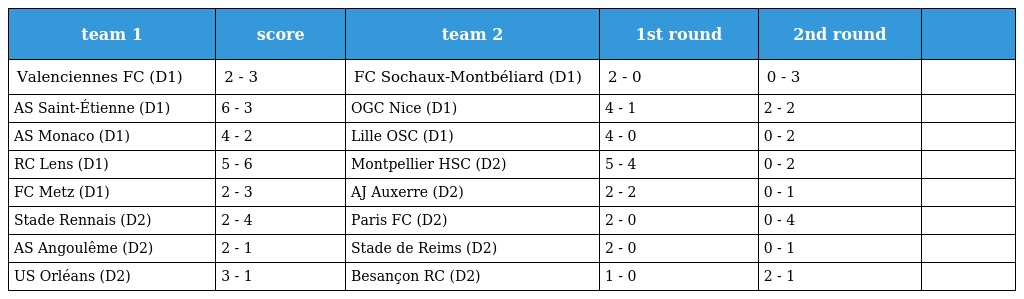
| team 1 | score | team 2 | 1st round | 2nd round |  |
 | --- | --- | --- | --- | --- | --- |
 | Valenciennes FC (D1) | 2 - 3 | FC Sochaux-Montbéliard (D1) | 2 - 0 | 0 - 3 |  |
 | AS Saint-Étienne (D1) | 6 - 3 | OGC Nice (D1) | 4 - 1 | 2 - 2 |  |
 | AS Monaco (D1) | 4 - 2 | Lille OSC (D1) | 4 - 0 | 0 - 2 |  |
 | RC Lens (D1) | 5 - 6 | Montpellier HSC (D2) | 5 - 4 | 0 - 2 |  |
 | FC Metz (D1) | 2 - 3 | AJ Auxerre (D2) | 2 - 2 | 0 - 1 |  |
 | Stade Rennais (D2) | 2 - 4 | Paris FC (D2) | 2 - 0 | 0 - 4 |  |
 | AS Angoulême (D2) | 2 - 1 | Stade de Reims (D2) | 2 - 0 | 0 - 1 |  |
 | US Orléans (D2) | 3 - 1 | Besançon RC (D2) | 1 - 0 | 2 - 1 |  |